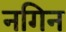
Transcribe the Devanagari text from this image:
नगिन